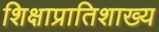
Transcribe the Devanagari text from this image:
शिक्षाप्रातिशाख्य